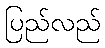
ပြည်လည်